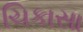
ચિકાસા